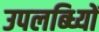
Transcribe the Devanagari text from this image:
उपलब्ध्यिों